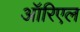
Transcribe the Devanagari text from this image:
ऑरिएल